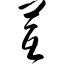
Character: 芪